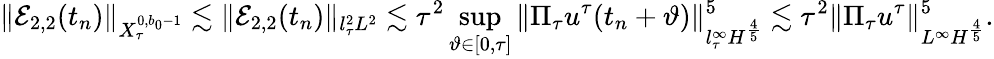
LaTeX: \Vert\mathcal{E}_{2,2}(t_{n})\Vert_{X_{\tau}^{0,b_{0}-1}}\lesssim\Vert\mathcal{E}_{2,2}(t_{n})\Vert_{l_{\tau}^{2}L^{2}}\lesssim\tau^{2}\operatorname*{sup}_{\vartheta\in[0,\tau]}\| \Pi_{\tau}u^{\tau}(t_{n}+\vartheta)\| _{l_{\tau}^{\infty}H^{\frac{4}{5}}}^{5}\lesssim\tau^{2}\| \Pi_{\tau}u^{\tau}\| _{L^{\infty}H^{\frac{4}{5}}}^{5}.